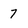
Character: 7